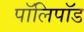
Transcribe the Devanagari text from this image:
पॉलिपॉड